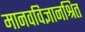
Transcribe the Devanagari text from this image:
मानवविज्ञानश्रित